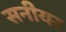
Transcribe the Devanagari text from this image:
सनीयर